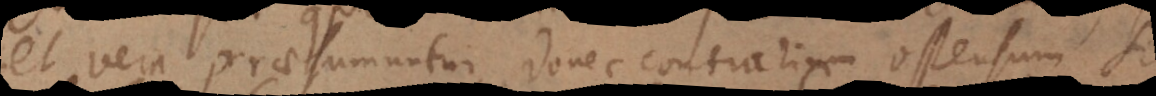
et vera praesumuntur, donec contrarium ostensum sit,